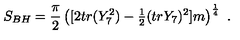
S _ { B H } = { \frac { \pi } { 2 } } \left( [ 2 t r ( Y _ { 7 } ^ { 2 } ) - { \textstyle { \frac { 1 } { 2 } } } ( t r Y _ { 7 } ) ^ { 2 } ] m \right) ^ { \frac { 1 } { 4 } } \ .